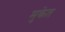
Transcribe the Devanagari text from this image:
मुकेत